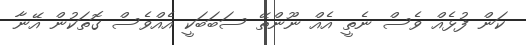
ކަން ފުޅެއް ވެސް ނެތީ އެއް ނޫންތޭ ސަބަބަކީ އެއްވެސް ގޮތަކުން އޭނާ